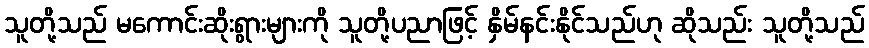
သူတို့သည် မကောင်းဆိုးရွားများကို သူတို့ပညာဖြင့် နှိမ်နင်းနိုင်သည်ဟု ဆိုသည်း သူတို့သည်